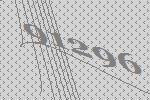
91296